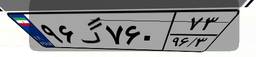
۹۶گ۷۶۰۷۳